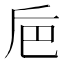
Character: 巵